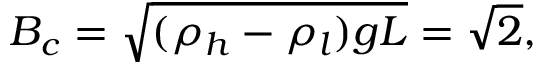
B _ { c } = \sqrt { ( \rho _ { h } - \rho _ { l } ) g L } = \sqrt { 2 } ,